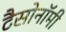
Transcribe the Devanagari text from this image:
टैसोनॉमी